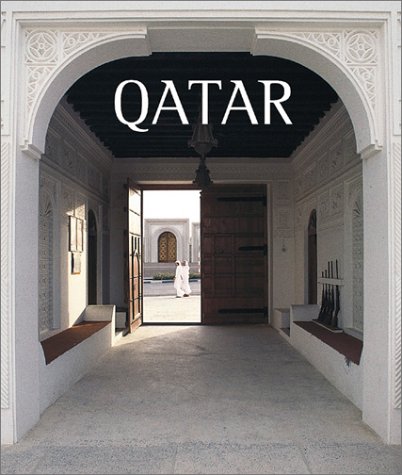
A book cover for Qatar; History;